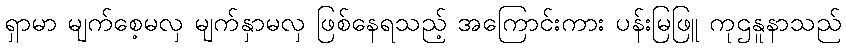
ရှာမာ မျက်စေ့မလှ မျက်နှာမလှ ဖြစ်နေရသည့် အကြောင်းကား ပန်းမြဖြူ ကုဌနူနာသည်